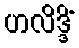
ဟလိဒ္ဒိံ